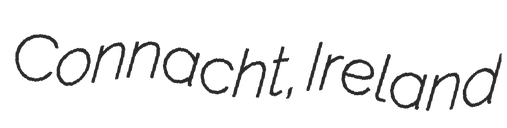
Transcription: Connacht, Ireland